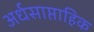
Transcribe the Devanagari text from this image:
अर्धसाप्ताहिक